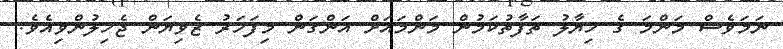
ނަމަވެސް މަންމަ ގެ ޚިޔާލު ތަފާތުކަމުން މަންމައަށް އަންގަން މިފަހަރު ޒެވިޔަން ޖެހިލުންވިއެވެ.